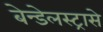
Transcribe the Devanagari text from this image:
बेन्डेलस्ट्रासे